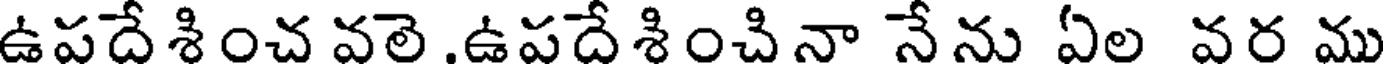
ఉపదేశించ వలె .ఉపదేశించినా నేను ఏల వర ము